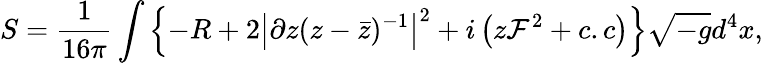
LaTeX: S=\frac{1}{16\pi}\int\left\{ -R+2\left|\partial z(z-{\bar{z}})^{-1}\right|^{2}+i\left(z{\cal F}^{2}+c.c\right)\right\} \sqrt{-g}d^{4}x,